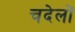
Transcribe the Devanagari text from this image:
चदेलों